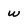
Character: w